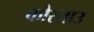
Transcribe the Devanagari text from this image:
कौस्ताउ